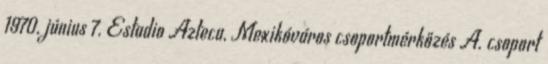
1970. június 7. Estadio Azteca, Mexikóváros csoportmérkőzés A. csoport